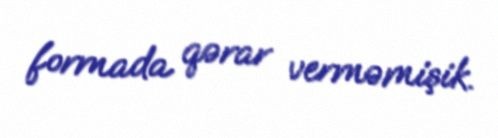
formada qərar verməmişik.